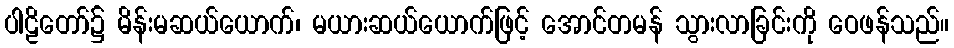
ပါဠိတော်၌ မိန်းမဆယ်ယောက်၊ မယားဆယ်ယောက်ဖြင့် အောင်တမန် သွားလာခြင်းကို ဝေဖန်သည်။